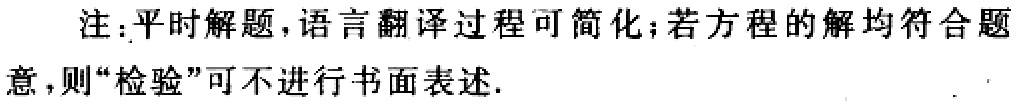
注：平时解题，语言翻译过程可简化；若方程的解均符合题意，则“检验”可不进行书面表述.